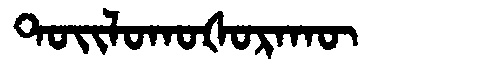
Manchu: ᡨᠣᡳᠯᠣᡴᠣᡧᠣᡵᠠᡴᡡ
Romanization: TOILOKOŠORAKŪ